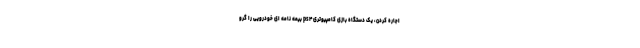
اجاره کردن، یک دستگاه بازی کامپیوتری ps۴ بیمه نامه ای خودرویی را گرو